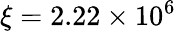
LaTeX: \xi=2.22\times 10^{6}